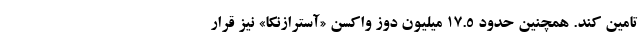
تامین کند. همچنین حدود ۱۷.۵ میلیون دوز واکسن «آسترازنکا» نیز قرار